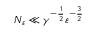
N _ { \varepsilon } \ll \gamma ^ { - \frac 1 2 } \varepsilon ^ { - \frac 3 2 }